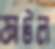
ফাটল